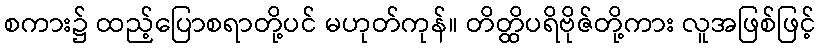
စကား၌ ထည့်ပြောစရာတို့ပင် မဟုတ်ကုန်။ တိတ္ထိပရိဗိုဇ်တို့ကား လူအဖြစ်ဖြင့်